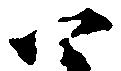
四